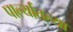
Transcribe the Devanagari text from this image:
पार्ल्यातल्या